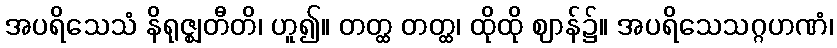
အပရိသေသံ နိရုဇ္ဈတီတိ၊ ဟူ၍။ တတ္ထ တတ္ထ၊ ထိုထို ဈာန်၌။ အပရိသေသဂ္ဂဟဏံ၊